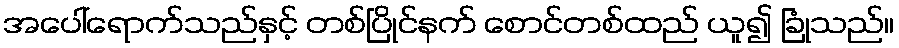
အပေါ်ရောက်သည်နှင့် တစ်ပြိုင်နက် စောင်တစ်ထည် ယူ၍ ခြုံသည်။